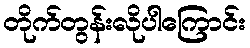
တိုက်တွန်းလိုပါကြောင်း